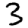
Digit: 3